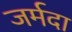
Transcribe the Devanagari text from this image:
जर्मदा